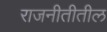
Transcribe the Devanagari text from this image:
राजनीतीतील